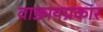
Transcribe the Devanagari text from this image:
वाड्मयप्रकार